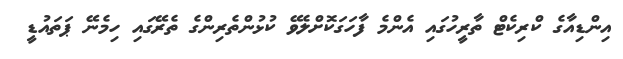
އިންޑިއާގެ ކްރިކެޓް ތާރީހުގައި އެންމެ ފާހަގަކޮށްލެވޭ ކުޅުންތެރިންގެ ތެރޭގައި ހިމެނޭ ޕަތައުޑީ